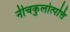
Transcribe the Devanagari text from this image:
नीचकुलोत्पत्ति